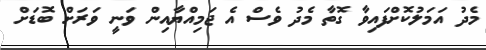
މެދު އަމަލުކޮށްފައިވާ ގޮތާ މެދު ވެސް އެ ޖަމިއްޔާއިން ވަނީ ވަރަށް ބޮޑަށް